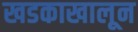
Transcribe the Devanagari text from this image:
खडकाखालून